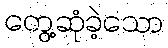
တွေ့ဆုံခဲ့သော